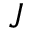
J